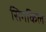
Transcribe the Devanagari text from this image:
सिगकिल